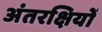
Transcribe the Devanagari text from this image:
अंतरक्षियों